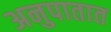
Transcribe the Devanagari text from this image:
अनुपातात